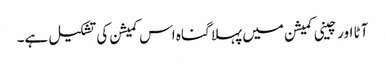
آٹا اور چینی کمیشن میں پہلا گناہ اس کمیشن کی تشکیل ہے۔